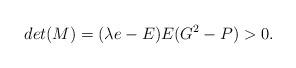
LaTeX: \begin{align*}det(M)=(\lambda e-E)E(G^2-P)>0.\end{align*}